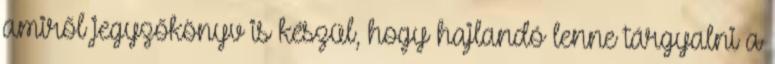
amiről jegyzőkönyv is készül, hogy hajlandó lenne tárgyalni a